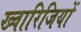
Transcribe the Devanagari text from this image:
ख्वारिजियों